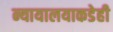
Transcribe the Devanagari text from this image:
न्यायालयाकडेही